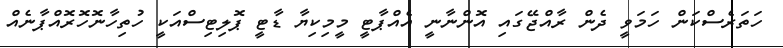
ހަތަރެސްކަން ހަމަވީ ދެން ރާއްޖޭގައި އޮންނާނީ އެއްޕާޓީ މީމިކިޔާ ޑާޓީ ޕޮލިޓިސްއަކީ ހުތިހާނޮހޮރޮއްޕާނެއް